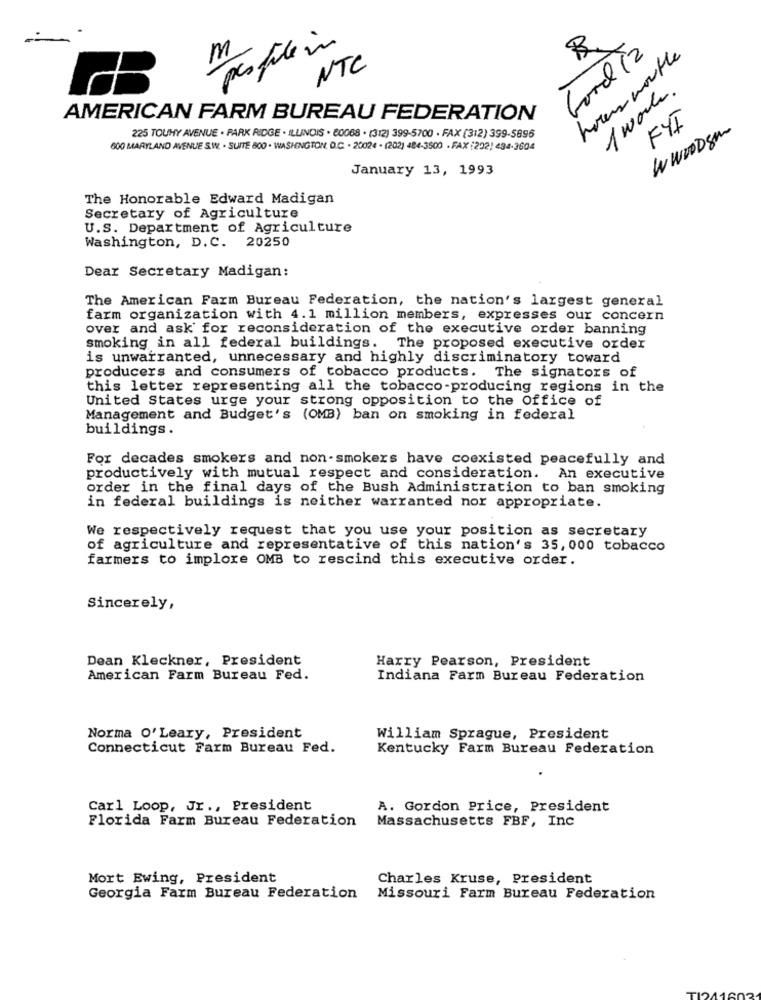
Ford 12
R
profile in
m
homens worthe
NTC
1 work.
AMERICAN FARM BUREAU FEDERATION
FYI
WWWDsm
225 TOUHY AVENUE . PARK RIDGE . ILLINOIS . 80068 . (312) 399-5700 · FAX (312) 399-5896
600 MARYLAND AVENUE S.W. . SUITE 800 . WASHINGTON D.C. - 20024 . (202) 484-3500 · FAX (202) 434-3604
January 13, 1993
The Honorable Edward Madigan
Secretary of Agriculture
U.S. Department of Agriculture
Washington, D.C. 20250
Dear Secretary Madigan:
The American Farm Bureau Federation, the nation's largest general
farm organization with 4.1 million members, expresses our concern
over and ask for reconsideration of the executive order banning
smoking in all federal buildings. The proposed executive order
is unwarranted, unnecessary and highly discriminatory toward
producers and consumers of tobacco products. The signators of
this letter representing all the tobacco-producing regions in the
United States urge your strong opposition to the Office of
Management and Budget's (OMB) ban on smoking in federal
buildings.
For decades smokers and non-smokers have coexisted peacefully and
productively with mutual respect and consideration. An executive
order in the final days of the Bush Administration to ban smoking
in federal buildings is neither warranted nor appropriate.
We respectively request that you use your position as secretary
of agriculture and representative of this nation's 35, 000 tobacco
farmers to implore OMB to rescind this executive order.
Sincerely,
Dean Kleckner, President
Harry Pearson, President
American Farm Bureau Fed.
Indiana Farm Bureau Federation
Norma O'Leary, President
William Sprague, President
Connecticut Farm Bureau Fed.
Kentucky Farm Bureau Federation
Carl Loop, Jr ., President
A. Gordon Price, President
Florida Farm Bureau Federation
Massachusetts FBF, Inc
Mort Ewing, President
Charles Kruse, President
Georgia Farm Bureau Federation Missouri Farm Bureau Federation